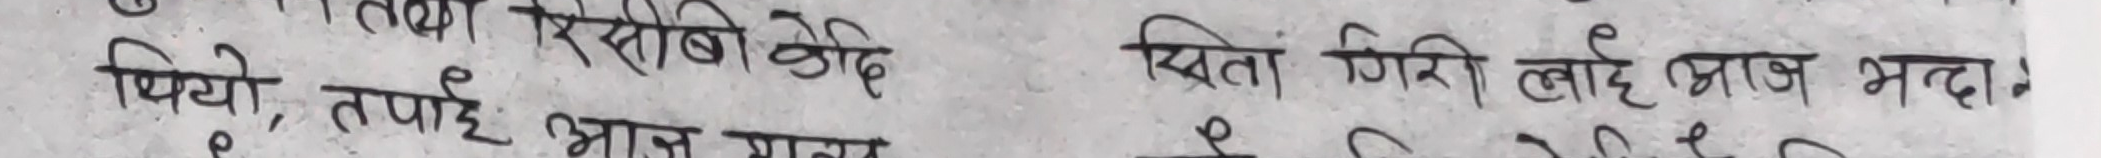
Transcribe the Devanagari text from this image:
रिसीबी केदि
थियो, तपाई आज মানা
ρ
सिता गिरी लाई आज भन्दा
e
つ